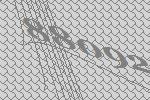
88092